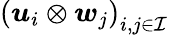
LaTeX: \left(\boldsymbol{u}_{i}\otimes\boldsymbol{w}_{j}\right)_{i,j\in\mathcal{I}}